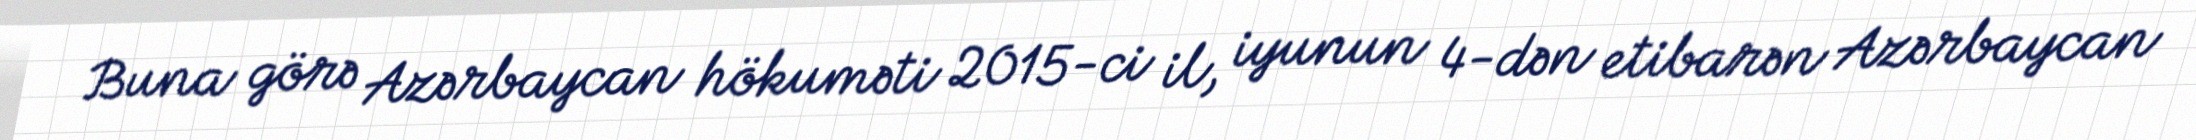
Buna görə Azərbaycan hökuməti 2015-ci il, iyunun 4-dən etibarən Azərbaycan